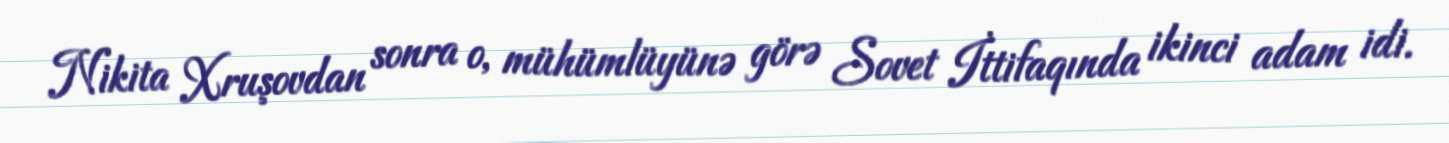
Nikita Xruşovdan sonra o, mühümlüyünə görə Sovet İttifaqında ikinci adam idi.